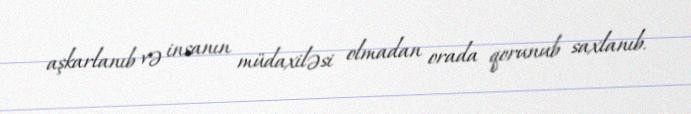
aşkarlanıb və insanın müdaxiləsi olmadan orada qorunub saxlanıb.